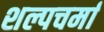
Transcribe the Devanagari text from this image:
शल्पचर्मा